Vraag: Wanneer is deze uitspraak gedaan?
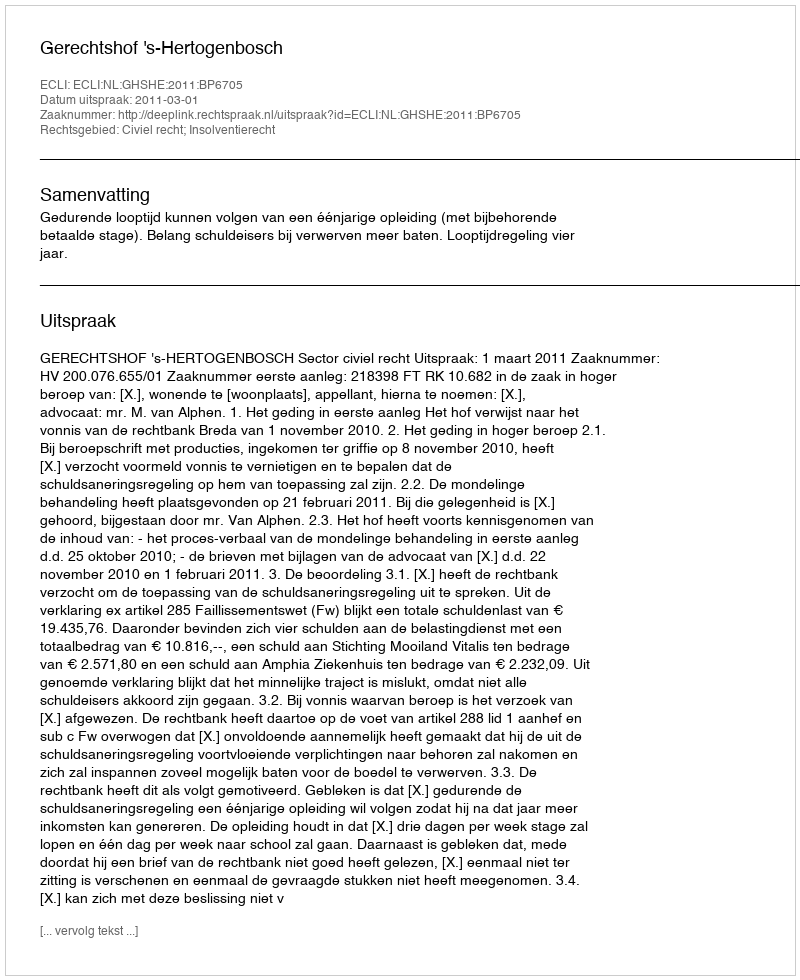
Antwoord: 2011-03-01